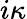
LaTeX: i\kappa